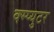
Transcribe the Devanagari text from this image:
क्म्प्युटर